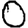
Digit: 0